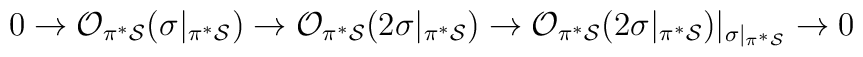
0 \rightarrow{\cal O}_{\pi^* {\cal S}}(\sigma|_{\pi^* {\cal S}})\rightarrow{\cal O}_{\pi^* {\cal S}}(2\sigma|_{\pi^* {\cal S}})\rightarrow{\cal O}_{\pi^* {\cal S}}(2\sigma|_{\pi^* {\cal S}})|_{\sigma|_{\pi^* {\cal S}}}\rightarrow 0